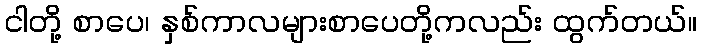
ငါတို့ စာပေ၊ နှစ်ကာလများစာပေတို့ကလည်း ထွက်တယ်။